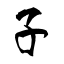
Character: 子